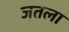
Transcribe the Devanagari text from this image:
जतला